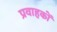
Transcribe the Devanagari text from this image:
प्रवाहकों